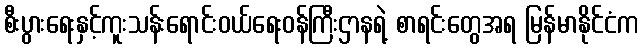
စီးပွားရေးနှင့်ကူးသန်းရောင်းဝယ်ရေးဝန်ကြီးဌာနရဲ့ စာရင်းတွေအရ မြန်မာနိုင်ငံက